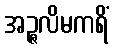
အဉ္ဇလိမကရိံ